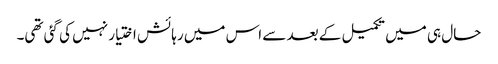
حال ہی میں تکمیل کے بعد سے اس میں رہائش اختیار نہیں کی گئی تھی۔